Tezpur Lunatic Asylum reports 1877-1894 - 1877-1894
Year: 1877
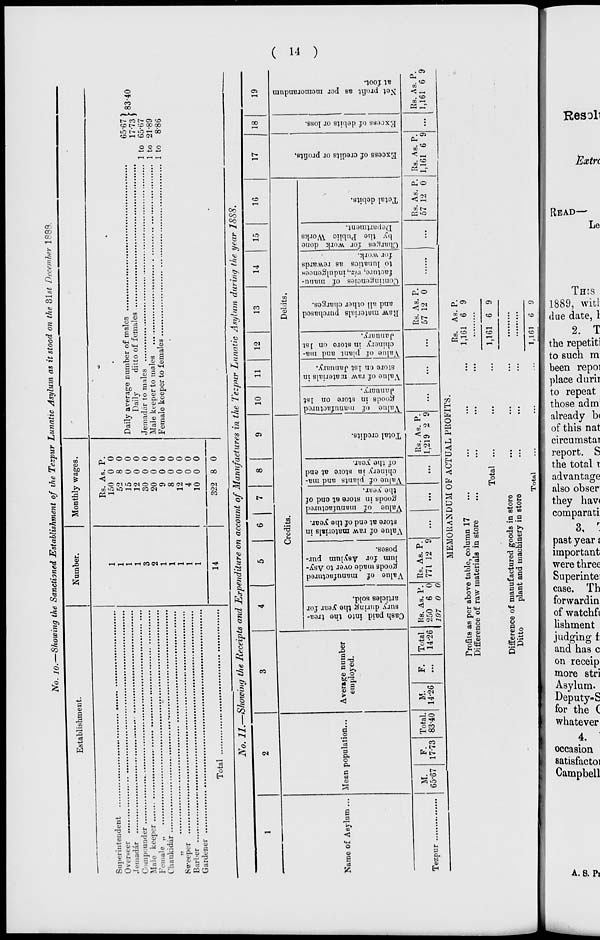
UO1ST3000
. 'f
) *m JOJ
§-And9(j
•miqKsy
IJ^S worn.
disooj uo
0 srnj puB
;; .oiipprif
luaraqsij
tjqo^M jo
uipj'BAvaoj
qj^
'8STJD
iB^uiJodng
391\\% 9J9AV
^u"c^jodmi
J Jt38^ ^ST?d
pujudmoo
>Ai3q AVfl
jasqo osp
8°T3^UT3Api]
1 p^o^ 9qi
§ #^J Od9.I
n^smnojio
yeu siq^ jo
>q A^Mdi\M
rapu 9soq;
^BsdoJ o)
IUUp 9DT3|d
iod9a U99q
ui qons 0}
[^gdgi 9q*
I 'Z
I 'aatJp anp
HIAV '6881
SIHI
8 rj
-avail
?^a?^
LICS9H
° §
o
o
o
►o g
to* P
s a
c+ a
p 5»
i §
3 •-<
P 2
D a
« 2
•-« cu
V, CD
5"3'
§.§■
° 2
27 5a a
ft)
00
re
D p
o a)
P &
Ji
5 ®
i+ P
3' S -
CO 3
§"B
o
P
Hi
o
0»
to
I—I
OS
H
ft
N
•3
3
H
04
CJ> t>
coH
to o
►»»■ p"
or
: *J
tO P
C5 —
IS
©
>
52!
C
d
>
O
H
a
c
t—i
H
a.
i-i to re
g> o
-3 rd
to?
<-e
«©j
"^S 3
35 OO
co. 1
LO 7.
co
to
co
>
00
ora
o> so
C^ ■
OS '
CO '
00
00
i—' CO
— >
CO
co ,v
i
o
3
CD
B
O
TJ
O
C
o
a
O «-*
^ 3
•
D
Cash paid into the trea-
sury during the year for
articles sold.
Value of manufactured
goods made over to Asy-
lum for Asylum pur-
poses.
Value of raw materials in
store at end of the year.
Value of manufactured
goods in store at end of
the year.
Value of plants and ma-
chinery in store at end
of the year.
Total credits.
Value of manufactured
go oils in store on 1st
January.
Value of raw materials in
store en 1st January.
Value ot plant and ma-
chinery in store on 1st
January.
Raw materials purchased
and all other charges.
Contingencies of manu-
facture, viz., indulgences
to lunatics as rewards
for work.
Charges for work done
by the Public Works
Department.
Total debits.
to
03
o
Or
C5
O
tt>
Excess of credits or profits.
Excess of debits or loss.
GO
co
03
Oi
CS
CO
Net profit as per memorandum
at foot.
co
Co
5
8
s
I
-i
©
s
a
o
K
1
ct>
•a
<5
Oo
Co
Oo
cc 2P
p p *
9 5.2
B ^ n
(t
-i
■-i
H o
O T: SJ Ct t< O
11*1 1 5'
II
a-
OT
a. re
3
w en
P
c-;
rr.'
I ft
S
»*»■
03
l-O
lO
CO
o
HHMMI-'tSWI-ll-'HM
>-*
h-»
^ to M l-i Oi Ui 51
O*-tCiMOOOt00il3O'
OOOOOOOOCCOOi"
oooocoooooo.
h-gH
2 so" 2
I 5*8
C-a- a
ogS
p- ft "^
fl> ft o
►a *< a
CD rj- 3
*■» O eo
O
P
o =
co
3
P_
CD
co
7.
P <
en
ft
3
*3
O ft
o - 1
Ml O
c g
3 P^
CD «
CO
0 b o
to C5 t- 1 c<
cb db c?i -j di
01 CO -vl 03 ^i
CO
03
o
3
P
CD
CO
CO
S
Go
R
3
o>
o"
CO
a
I
M
3
8
s
Co
O
o
3
c»
CO
3r-
CO
CD
00
( n )